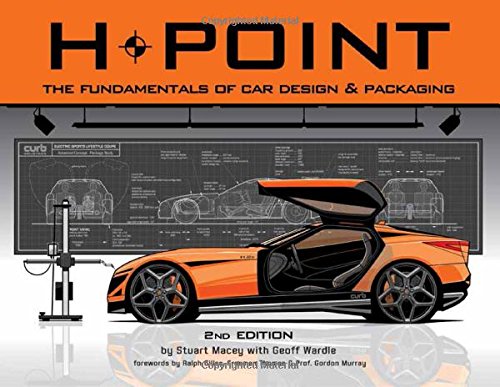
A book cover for H-Point 2nd Edition: The Fundamentals of Car Design & Packaging; Stuart Macey; Engineering & Transportation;